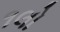
૧લો